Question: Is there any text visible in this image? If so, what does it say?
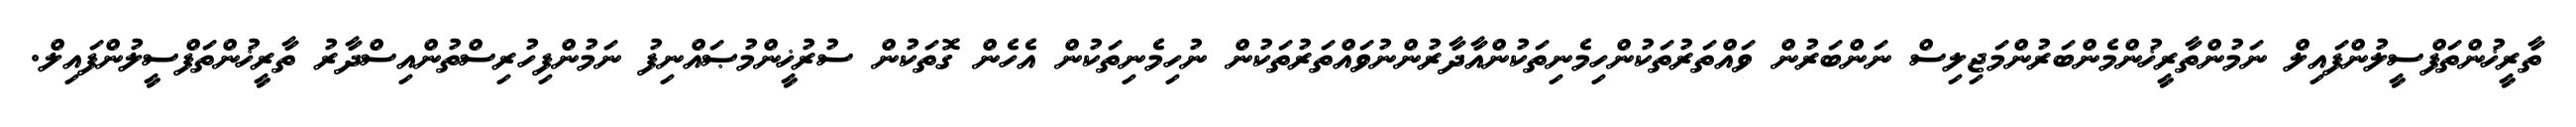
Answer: ތާރީޚުންތަފްސީލުންފައިލް ނަމުންތާރީޚުންމެންބަރުންމަޖިލިސް ނަންބަރުން ވައްތަރުތަކުންހިމެނިތަކުންއާދާރުންނުވައްތަރުތަކުން ނުހިމެނިތަކުން އެހެން ގޮތަކުން ސުރުޚީންމުޞައްނިފު ނަމުންފިހުރިސްތުންއިސްދާރު ތާރީޚުންތަފްސީލުންފައިލް.